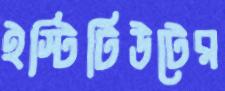
ইস্টিটিউটের